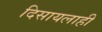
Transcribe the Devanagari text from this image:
दिसायलाही